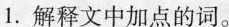
1.解释文中加点的词。